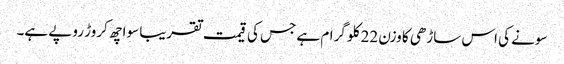
سونے کی اس ساڑھی کا وزن 22 کلو گرام ہے جس کی قیمت تقریبا سوا چھ کروڑ روپے ہے۔